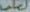
العالم